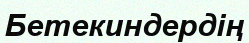
Бетекиндердің